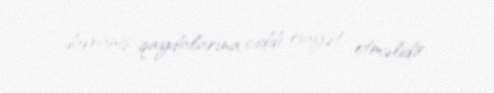
davranış qaydalarına ciddi riayət etməlidir.